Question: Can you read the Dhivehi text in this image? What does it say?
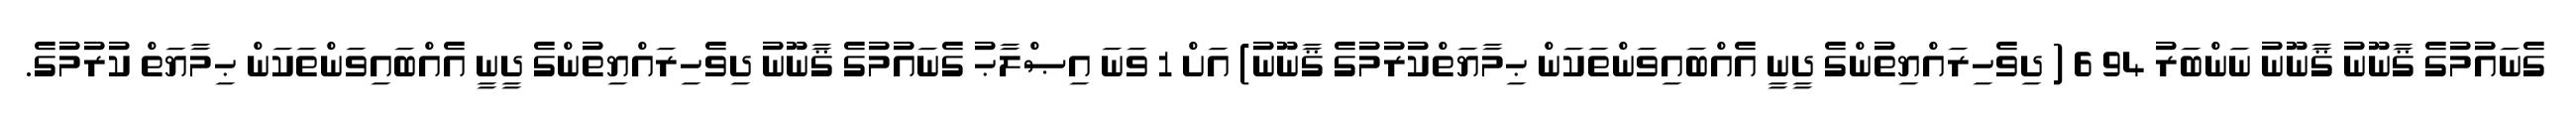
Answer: ގެނައުމުގެ ޤާނޫނު ޤާނޫނު ނަންބަރު 94 6 ( ދިވެހިރައްޔިތުންގެ ދީނީ އެއްބައިވަންތަކަން ޙިމާޔަތްކުރުމުގެ ޤާނޫނު) އަށް 1 ވަނަ އިޞްލާޙު ގެނައުމުގެ ޤާނޫނު ދިވެހިރައްޔިތުންގެ ދީނީ އެއްބައިވަންތަކަން ޙިމާޔަތް ކުރުމުގެ.